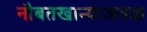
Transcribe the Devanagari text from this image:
नौबतखान्याजवळ